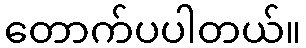
တောက်ပပါတယ်။